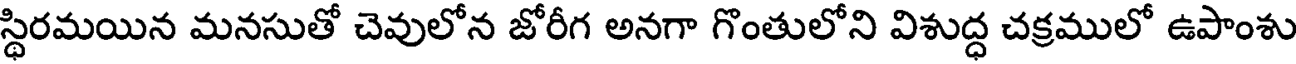
స్థిరమయిన మనసుతో చెవులోన జోరీగ అనగా గొంతులోని విశుద్ధ చక్రములో ఉపాంశు